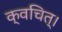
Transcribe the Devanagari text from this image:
क्वचित्‌।